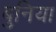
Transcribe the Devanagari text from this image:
बुनिया